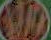
UD